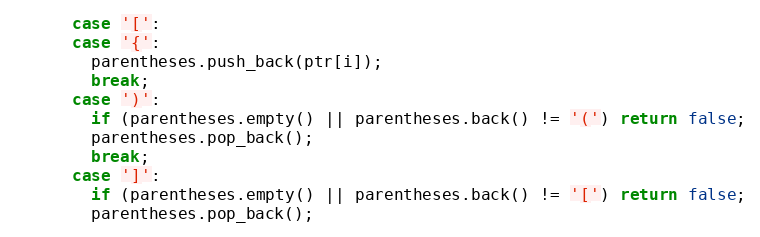
Language: C++
      case '[':
      case '{':
        parentheses.push_back(ptr[i]);
        break;
      case ')':
        if (parentheses.empty() || parentheses.back() != '(') return false;
        parentheses.pop_back();
        break;
      case ']':
        if (parentheses.empty() || parentheses.back() != '[') return false;
        parentheses.pop_back();